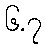
၆.၇